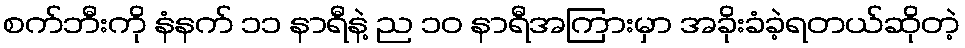
စက်ဘီးကို နံနက် ၁၁ နာရီနဲ့ ည ၁၀ နာရီအကြားမှာ အခိုးခံခဲ့ရတယ်ဆိုတဲ့